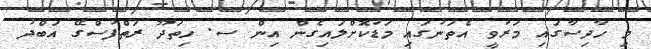
މި ހާދިސާގައި މަރުވީ އެތަނުގައި މަޑުކޮށްލައިގެން އިން ސ. ހިތަދޫ ރަތްފުސްގޭ އަބްދު